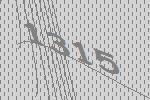
1315